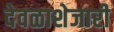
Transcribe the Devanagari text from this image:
देवळाशेजारी